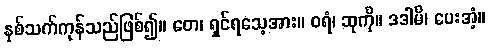
နှစ်သက်ကုန်သည်ဖြစ်၍။ တေ၊ ရှင်ရသေ့အား။ ဝရံ၊ ဆုကို။ ဒဒါမိ၊ ပေးအံ့။